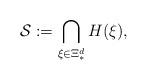
LaTeX: \begin{align*}\mathcal{S}:=\bigcap_{ {\xi}\in \Xi_*^d} H( {\xi}),\end{align*}